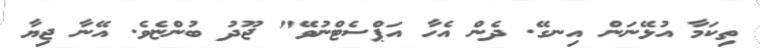
ތިކަމާ އުޅޭނަން އިނގޭ. ދެން އެހާ އަޕްސެޓްނުވޭ" ޖޫދު ބުންޏެވެ. އޭނާ ޖިޔާ